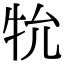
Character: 𭷙